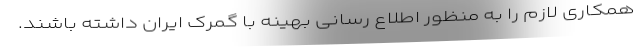
همکاری لازم را به منظور اطلاع رسانی بهینه با گمرک ایران داشته باشند.